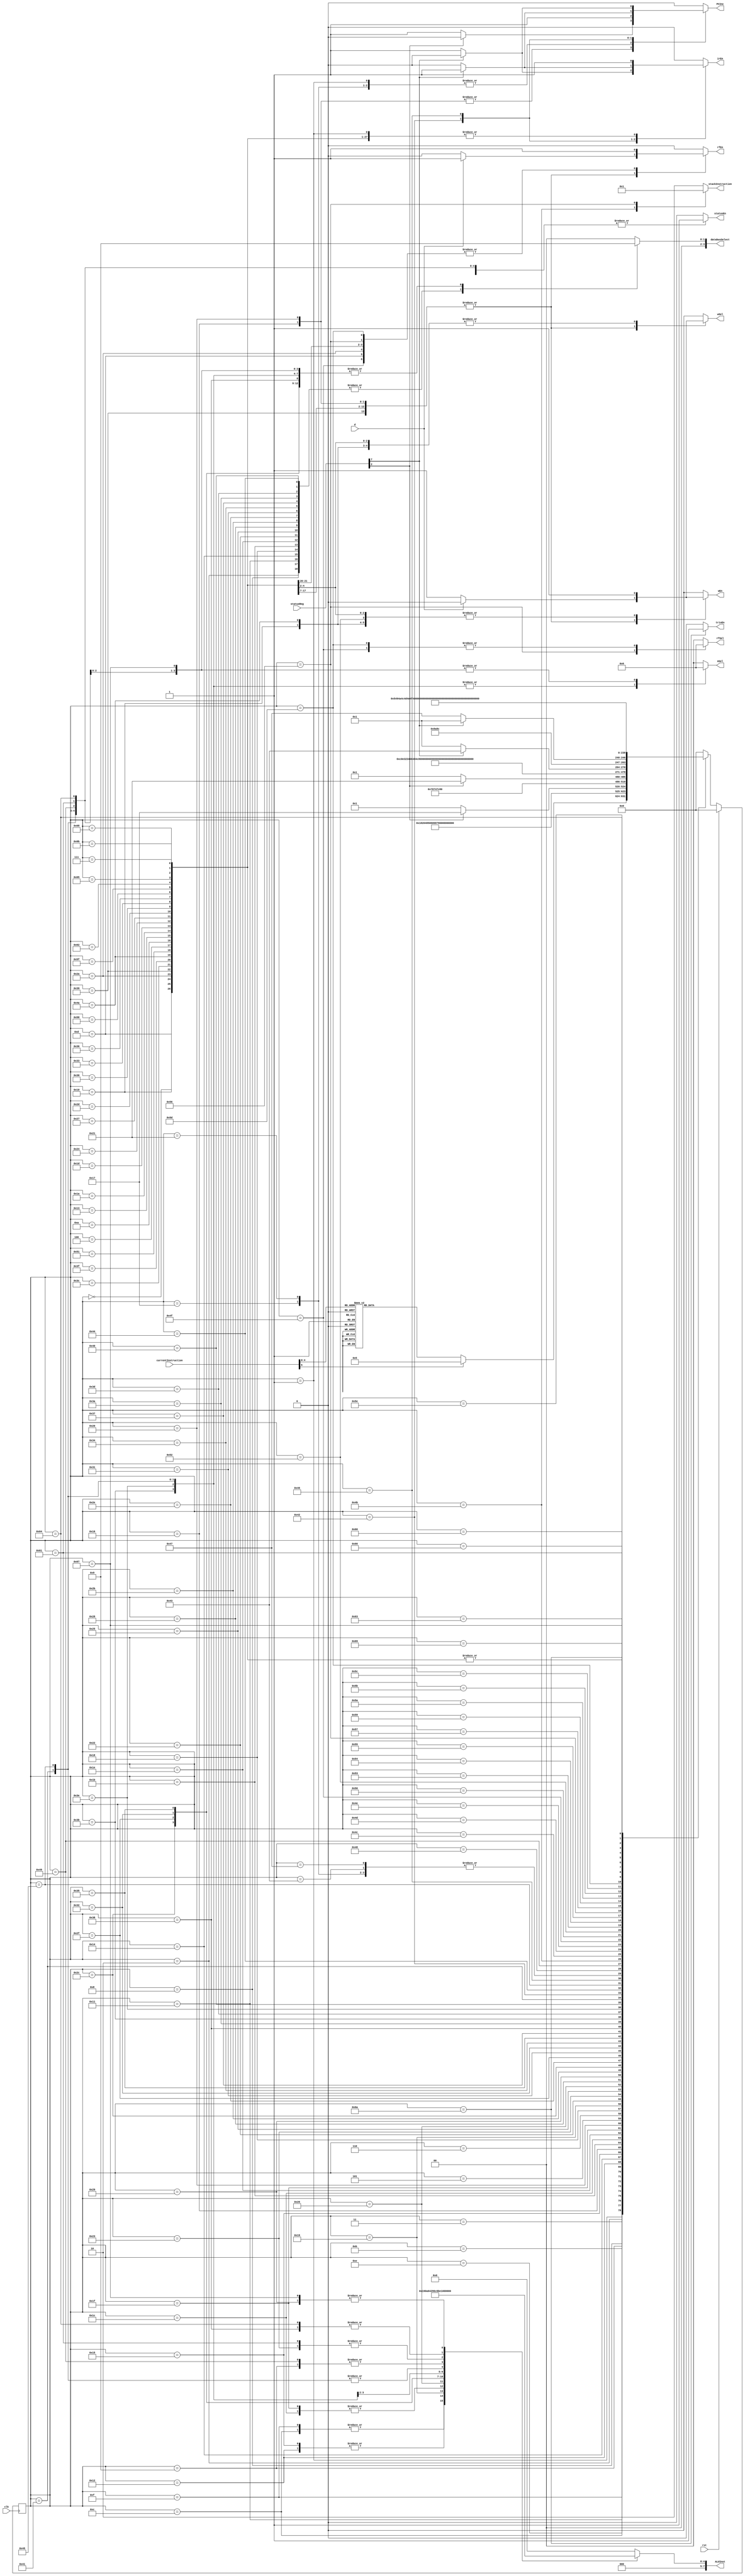
`timescale 1ns / 1ps
//////////////////////////////////////////////////////////////////////////////////
// Company: 
// Engineer: 
// 
// Design Name: 
// Module Name:    ControlUnit 
// Project Name: 
// Target Devices: 
// Tool versions: 
// Description: 
//
// Dependencies: 
//
// Revision: 
// Revision 0.01 - File Created
// Additional Comments: 
//
//////////////////////////////////////////////////////////////////////////////////
module ControlUnit(irEn, wEn, rfEn, trisEn, statusEn, rfSel, wSel, ASel, PCInc, ALUInst, databusSelect, stackInstruction, currentInstruction, d, statusReg, clk, rst);
	output	reg	irEn, wEn, rfEn, trisEn, statusEn, wSel, PCInc;
	output	reg	[1:0]	ASel;
	output	reg	[7:0]	ALUInst;
	output	reg	[3:0]	databusSelect;
	output	reg	[1:0]	stackInstruction;
	output	reg	[1:0]	rfSel;
	input		[5:0]		currentInstruction;
	input 	[7:0] 	statusReg;
	input				d;
	input 			clk, rst;

	wire test = statusReg[7];
	
	//Stack Command
	parameter	PUSH	= 2'd0;
	parameter	POP	= 2'd1;
	parameter	S_NO	= 2'd2;


	//ALU Commands
	parameter AplusB = 8'd0;
	parameter AminusB = 8'd1;
	parameter AandB = 8'd2;
	parameter AxorA = 8'd3;
	parameter Bsub1 = 8'd4;
	parameter Bcomp = 8'd5;
	parameter Bplus1 = 8'd6;
	parameter AorB = 8'd7;
	parameter Bout = 8'd8;
	parameter Aout = 8'd9;
	parameter RLF = 8'd10;
	parameter RRF = 8'd11;
	parameter BsubA = 8'd12;	
	parameter swapB = 8'd13;	
	parameter AxorB = 8'd14;	
	parameter BCF = 8'd15;
	parameter BSF = 8'd16;
	parameter BTest = 8'd17;

	//PC Selection
	parameter incPC = 1'b0;
	parameter branchPC = 1'b1;
	
	//W Selection
	parameter	wIn_literal = 1'b0;
	parameter	wIn_databus = 1'b1;
	
	//Data Bus Selection
	parameter W					= 4'd0;
	parameter ALU				= 4'd1;
	parameter registerFile	= 4'd2;
	parameter status			= 4'd3;

	//Register File Selection
	parameter rfSel_Databus = 2'd0;
	parameter rfSel_Stack = 2'd1;
	parameter rfSel_literal = 2'd2;
	
	reg	[7:0]	nextState, currentState;
	
	//Decoder Result
	parameter DECODE_ADDWF = 6'd0;
	parameter DECODE_OTHERS = 6'd1;
	parameter DECODE_ANDWF = 6'd2;
	parameter DECODE_CLRF = 6'd3;
	parameter DECODE_CLRW = 6'd4;
	parameter DECODE_DECF = 6'd5;
	parameter DECODE_DECFSZ = 6'd6;
	parameter DECODE_COMF = 6'd7;
	parameter DECODE_INCF = 6'd8;
	parameter DECODE_INCFSZ = 6'd9;
	parameter DECODE_IORWF = 6'd10;
	parameter DECODE_MOVF = 6'd11;
	parameter DECODE_MOVWF = 6'd12;
	parameter DECODE_RLF = 6'd13;
	parameter DECODE_RRF = 6'd14;
	parameter DECODE_SUBWF = 6'd15;
	parameter DECODE_SWAPF = 6'd16;
	parameter DECODE_XORWF = 6'd17;
	parameter DECODE_BCF = 6'd18;
	parameter DECODE_BSF = 6'd19;
	parameter DECODE_BTFSC = 6'd20;
	parameter DECODE_BTFSS = 6'd21;
	parameter DECODE_ANDLW = 6'd22;
	parameter DECODE_CALL = 6'd23;
	parameter DECODE_RETLW = 6'd24;
	parameter DECODE_GOTO = 6'd25;
	parameter DECODE_IORLW = 6'd26;
	parameter DECODE_XORLW = 6'd27;
	parameter DECODE_MOVLW = 6'd28;
	parameter DECODE_TRIS = 6'd29;
	parameter DECODE_OPTION = 6'd30;
	
	//State machine

	//States
	parameter IDLE			= 8'd0;
	parameter Q1			= 8'd1;
	
	//States : ADDWF
	parameter ADDWF_Q2	= 8'd2;
	parameter ADDWF_Q3	= 8'd3;
	parameter ADDWF_Q4	= 8'd4;
	
	//States : OTHERS
	parameter OTHERS_Q2	= 8'd5;
	parameter OTHERS_Q3	= 8'd6;
	parameter OTHERS_Q4	= 8'd7;

	//States : ANDWF
	parameter ANDWF_Q2	= 8'd8;
	parameter ANDWF_Q3	= 8'd9;
	parameter ANDWF_Q4	= 8'd10;
	
	//States : CLRF
	parameter CLRF_Q2	= 8'd11;
	parameter CLRF_Q3	= 8'd12;
	parameter CLRF_Q4	= 8'd13;
	
	//States : CLRW
	parameter CLRW_Q2	= 8'd14;
	parameter CLRW_Q3	= 8'd15;
	parameter CLRW_Q4	= 8'd16;
	
	//States : DECF
	parameter DECF_Q2	= 8'd17;
	parameter DECF_Q3	= 8'd18;
	parameter DECF_Q4	= 8'd19;
	
	//States : DECFSZ
	parameter DECFSZ_Q2	= 8'd20;
	parameter DECFSZ_Q3	= 8'd21;
	parameter DECFSZ_Q4	= 8'd22;
	parameter DECFSZ_Q5	= 8'd23;

	//States : COMF
	parameter COMF_Q2	= 8'd24;
	parameter COMF_Q3	= 8'd25;
	parameter COMF_Q4	= 8'd26;

	//States : INCF
	parameter INCF_Q2	= 8'd27;
	parameter INCF_Q3	= 8'd28;
	parameter INCF_Q4	= 8'd29;

	//States : INCFSZ
	parameter INCFSZ_Q2	= 8'd30;
	parameter INCFSZ_Q3	= 8'd31;
	parameter INCFSZ_Q4	= 8'd32;
	parameter INCFSZ_Q5	= 8'd33;
	
	//States : IORWF
	parameter IORWF_Q2	= 8'd34;
	parameter IORWF_Q3	= 8'd35;
	parameter IORWF_Q4	= 8'd36;	

	//States : MOVF
	parameter MOVF_Q2	= 8'd37;
	parameter MOVF_Q3	= 8'd38;
	parameter MOVF_Q4	= 8'd39;

	//States : MOVWF
	parameter MOVWF_Q2	= 8'd40;
	parameter MOVWF_Q3	= 8'd41;
	parameter MOVWF_Q4	= 8'd42;
	
	//States : RLF
	parameter RLF_Q2	= 8'd43;
	parameter RLF_Q3	= 8'd44;
	parameter RLF_Q4	= 8'd45;	

	//States : RRF
	parameter RRF_Q2	= 8'd46;
	parameter RRF_Q3	= 8'd47;
	parameter RRF_Q4	= 8'd48;	
	
	//States : SUBWF
	parameter SUBWF_Q2	= 8'd49;
	parameter SUBWF_Q3	= 8'd50;
	parameter SUBWF_Q4	= 8'd51;	
	
	//States : SWAPF
	parameter SWAPF_Q2	= 8'd52;
	parameter SWAPF_Q3	= 8'd53;
	parameter SWAPF_Q4	= 8'd54;
	
	//States : XORWF
	parameter XORWF_Q2	= 8'd55;
	parameter XORWF_Q3	= 8'd56;
	parameter XORWF_Q4	= 8'd57;
	
	//States : BCF
	parameter BCF_Q2	= 8'd58;
	parameter BCF_Q3	= 8'd59;
	parameter BCF_Q4	= 8'd60;

	//States : BSF
	parameter BSF_Q2	= 8'd61;
	parameter BSF_Q3	= 8'd62;
	parameter BSF_Q4	= 8'd63;

	//States : BTFSC
	parameter BTFSC_Q2	= 8'd64;
	parameter BTFSC_Q3	= 8'd65;
	parameter BTFSC_Q4	= 8'd66;
	parameter BTFSC_Q5	= 8'd67;

	//States : BTFSS
	parameter BTFSS_Q2	= 8'd68;
	parameter BTFSS_Q3	= 8'd69;
	parameter BTFSS_Q4	= 8'd70;
	parameter BTFSS_Q5	= 8'd71;

	//States : ANDLW
	parameter ANDLW_Q2	= 8'd72;
	parameter ANDLW_Q3	= 8'd73;
	parameter ANDLW_Q4	= 8'd74;

	//States : CALL
	parameter CALL_Q2	= 8'd75;
	parameter CALL_Q3	= 8'd76;
	parameter CALL_Q4	= 8'd77;
	parameter CALL_Q5	= 8'd78;
	parameter CALL_Q6	= 8'd79;
	parameter CALL_Q7	= 8'd80;
	parameter CALL_Q8	= 8'd81;

	//States : RETLW
	parameter RETLW_Q2	= 8'd82;
	parameter RETLW_Q3	= 8'd83;
	parameter RETLW_Q4	= 8'd84;
	parameter RETLW_Q5	= 8'd85;
	parameter RETLW_Q6	= 8'd86;
	parameter RETLW_Q7	= 8'd87;
	parameter RETLW_Q8	= 8'd88;

	//States : GOTO
	parameter GOTO_Q2	= 8'd89;
	parameter GOTO_Q3	= 8'd90;
	parameter GOTO_Q4	= 8'd91;
	parameter GOTO_Q5	= 8'd92;
	parameter GOTO_Q6	= 8'd93;
	parameter GOTO_Q7	= 8'd94;
	parameter GOTO_Q8	= 8'd95;
	
	//States : IORLW
	parameter IORLW_Q2	= 8'd96;
	parameter IORLW_Q3	= 8'd97;
	parameter IORLW_Q4	= 8'd98;
	
	//States : XORLW
	parameter XORLW_Q2	= 8'd99;
	parameter XORLW_Q3	= 8'd100;
	parameter XORLW_Q4	= 8'd101;

	//States : MOVLW
	parameter MOVLW_Q2	= 8'd102;
	parameter MOVLW_Q3	= 8'd103;
	parameter MOVLW_Q4	= 8'd104;
	
	//States : TRIS
	parameter TRIS_Q2	= 8'd105;
	parameter TRIS_Q3	= 8'd106;
	parameter TRIS_Q4	= 8'd107;
	
	always@(posedge clk)
	begin
		currentState <= nextState;
	end

	//output
	always@(currentState or d or statusReg[2] or test)
	begin
		irEn					= 1'b0;
		wEn					= 1'b0;
		rfEn					= 1'b0;
		statusEn				= 1'b0;
		ASel					= 1'b0;
		ALUInst				= AplusB;
		wSel					= wIn_literal;
		databusSelect		= W;
		stackInstruction 	= S_NO;
		rfSel 				= rfSel_Databus;
		PCInc 				= 1'd0;
		trisEn				= 1'd0;
		case(currentState)
			IDLE:
			begin
				irEn = 1'b1;
			end

			Q1:
			begin
				irEn = 1'b1;
				PCInc = 1'd1;
			end
			
			ADDWF_Q2:
			begin
				databusSelect = registerFile;
			end
			
			ADDWF_Q3:
			begin
				ALUInst = AplusB;
				databusSelect = ALU;
				statusEn = 1'b1;
			end

			ADDWF_Q4:
			begin
				if(d == 1'b1)
				begin
					rfEn = 1'b1;
				end
				else
				begin
					wSel = wIn_databus;
					wEn = 1'b1;
				end
				irEn = 1'b1;
			end
			//
			ANDWF_Q2:
			begin
				databusSelect = registerFile;
			end
			
			ANDWF_Q3:
			begin
				ALUInst = AandB;
				databusSelect = ALU;
				statusEn = 1'b1;
			end

			ANDWF_Q4:
			begin
				if(d == 1'b1)
				begin
					rfEn = 1'b1;
				end
				else
				begin
					wSel = wIn_databus;
					wEn = 1'b1;
				end
				irEn = 1'b1;
			end
			
			//
			CLRF_Q2:
			begin
			end
			
			CLRF_Q3:
			begin
				ALUInst = AxorA;
				databusSelect = ALU;
			end

			CLRF_Q4:
			begin
				rfEn = 1'b1;
				irEn = 1'b1;
			end
			
			//
			CLRW_Q2:
			begin
			end
			
			CLRW_Q3:
			begin
				ALUInst = AxorA;
				databusSelect = ALU;
				statusEn = 1'b1;
			end

			CLRW_Q4:
			begin
				wSel = wIn_databus;
				wEn = 1'b1;
				irEn = 1'b1;
			end
			
			//
			DECF_Q2:
			begin
				databusSelect = registerFile;
			end
			
			DECF_Q3:
			begin
				ALUInst = Bsub1;
				databusSelect = ALU;
				statusEn = 1'b1;
			end

			DECF_Q4:
			begin
				if(d == 1'b1)
				begin
					rfEn = 1'b1;
				end
				else
				begin
					wSel = wIn_databus;
					wEn = 1'b1;
				end
				irEn = 1'b1;
			end

			//DECFSZ
			DECFSZ_Q2:
			begin
				databusSelect = registerFile;
			end
			
			DECFSZ_Q3:
			begin
				ALUInst = Bsub1;
				databusSelect = ALU;
				statusEn = 1'b1;
			end

			DECFSZ_Q4:
			begin
				if(d == 1'b1)
				begin
					rfEn = 1'b1;
				end
				else
				begin
					wSel = wIn_databus;
					wEn = 1'b1;
				end
				if(statusReg[2] == 1'b1)
					irEn = 1'b0;
				else
				begin
					PCInc = 1'd1;				
				end
			end

			DECFSZ_Q5:
			begin
				PCInc = 1'd1;				
			end

			//
			COMF_Q2:
			begin
				databusSelect = registerFile;
			end
			
			COMF_Q3:
			begin
				ALUInst = Bcomp;
				databusSelect = ALU;
				statusEn = 1'b1;
			end

			COMF_Q4:
			begin
				if(d == 1'b1)
				begin
					rfEn = 1'b1;
				end
				else
				begin
					wSel = wIn_databus;
					wEn = 1'b1;
				end
				irEn = 1'b1;
			end

			//
			INCF_Q2:
			begin
				databusSelect = registerFile;
			end
			
			INCF_Q3:
			begin
				ALUInst = Bplus1;
				databusSelect = ALU;
				statusEn = 1'b1;
			end

			INCF_Q4:
			begin
				if(d == 1'b1)
				begin
					rfEn = 1'b1;
				end
				else
				begin
					wSel = wIn_databus;
					wEn = 1'b1;
				end
				irEn = 1'b1;
			end

			//INCFSZ
			INCFSZ_Q2:
			begin
				databusSelect = registerFile;
			end
			
			INCFSZ_Q3:
			begin
				ALUInst = Bplus1;
				databusSelect = ALU;
				statusEn = 1'b1;
			end

			INCFSZ_Q4:
			begin
				if(d == 1'b1)
				begin
					rfEn = 1'b1;
				end
				else
				begin
					wSel = wIn_databus;
					wEn = 1'b1;
				end
				if(statusReg[2] == 1'b1)
					irEn = 1'b0;
				else
				begin
					PCInc = 1'd1;				
				end
			end

			INCFSZ_Q5:
			begin
				PCInc = 1'd1;				
			end

			//
			IORWF_Q2:
			begin
				databusSelect = registerFile;
			end
			
			IORWF_Q3:
			begin
				ALUInst = AorB;
				databusSelect = ALU;
				statusEn = 1'b1;
			end

			IORWF_Q4:
			begin
				if(d == 1'b1)
				begin
					rfEn = 1'b1;
				end
				else
				begin
					wSel = wIn_databus;
					wEn = 1'b1;
				end
				irEn = 1'b1;
			end

			MOVF_Q2:
			begin
				databusSelect = registerFile;
			end
			
			MOVF_Q3:
			begin
				ALUInst = Bout;
				databusSelect = ALU;
				statusEn = 1'b1;
			end

			MOVF_Q4:
			begin
				if(d == 1'b1)
				begin
					rfEn = 1'b1;
				end
				else
				begin
					wSel = wIn_databus;
					wEn = 1'b1;
				end
				irEn = 1'b1;
			end

			MOVWF_Q2:
			begin
				databusSelect = registerFile;
			end
			
			MOVWF_Q3:
			begin
				ALUInst = Aout;
				databusSelect = ALU;
			end

			MOVWF_Q4:
			begin
				rfEn = 1'b1;
				irEn = 1'b1;
			end

			//
			RLF_Q2:
			begin
				databusSelect = registerFile;
			end
			
			RLF_Q3:
			begin
				ALUInst = RLF;
				databusSelect = ALU;
				statusEn = 1'b1;
			end

			RLF_Q4:
			begin
				if(d == 1'b1)
				begin
					rfEn = 1'b1;
				end
				else
				begin
					wSel = wIn_databus;
					wEn = 1'b1;
				end
				irEn = 1'b1;
			end

			//
			RRF_Q2:
			begin
				databusSelect = registerFile;
			end
			
			RRF_Q3:
			begin
				ALUInst = RRF;
				databusSelect = ALU;
				statusEn = 1'b1;
			end

			RRF_Q4:
			begin
				if(d == 1'b1)
				begin
					rfEn = 1'b1;
				end
				else
				begin
					wSel = wIn_databus;
					wEn = 1'b1;
				end
				irEn = 1'b1;
			end
			
			SUBWF_Q2:
			begin
				databusSelect = registerFile;
			end
			
			SUBWF_Q3:
			begin
				ALUInst = BsubA;
				databusSelect = ALU;
				statusEn = 1'b1;
			end

			SUBWF_Q4:
			begin
				if(d == 1'b1)
				begin
					rfEn = 1'b1;
				end
				else
				begin
					wSel = wIn_databus;
					wEn = 1'b1;
				end
				irEn = 1'b1;
			end			
			
			SWAPF_Q2:
			begin
				databusSelect = registerFile;
			end
			
			SWAPF_Q3:
			begin
				ALUInst = swapB;
				databusSelect = ALU;
				statusEn = 1'b1;
			end

			SWAPF_Q4:
			begin
				if(d == 1'b1)
				begin
					rfEn = 1'b1;
				end
				else
				begin
					wSel = wIn_databus;
					wEn = 1'b1;
				end
				irEn = 1'b1;
			end		
			
			XORWF_Q2:
			begin
				databusSelect = registerFile;
			end
			
			XORWF_Q3:
			begin
				ALUInst = AxorB;
				databusSelect = ALU;
				statusEn = 1'b1;
			end

			XORWF_Q4:
			begin
				if(d == 1'b1)
				begin
					rfEn = 1'b1;
				end
				else
				begin
					wSel = wIn_databus;
					wEn = 1'b1;
				end
				irEn = 1'b1;
			end	

			BCF_Q2:
			begin
				databusSelect = registerFile;			
			end
			
			BCF_Q3:
			begin
				ALUInst = BCF;
				databusSelect = ALU;
				ASel = 1'b1;
			end

			BCF_Q4:
			begin
				rfEn = 1'b1;		
				irEn = 1'b1;
			end

			BSF_Q2:
			begin
				databusSelect = registerFile;			
			end
			
			BSF_Q3:
			begin
				ALUInst = BSF;
				databusSelect = ALU;
				ASel = 1'b1;
			end

			BSF_Q4:
			begin
				rfEn = 1'b1;		
				irEn = 1'b1;
			end
			
			// NOP
			OTHERS_Q2:
			begin
				//NO operation
			end			

			OTHERS_Q3:
			begin
				//NO operation
			end

			OTHERS_Q4:
			begin
				//NO operation
				irEn = 1'b1;
			end

			//BTFSC
			BTFSC_Q2:
			begin
				databusSelect = registerFile;
			end
			
			BTFSC_Q3:
			begin
				ALUInst = BTest;
				databusSelect = ALU;
				ASel = 1'b1;
				statusEn = 1'b1;
			end

			BTFSC_Q4:
			begin
				if(test == 1'b0)
					irEn = 1'b1;	//NoSkip
				else
				begin
					PCInc = 1'd1;		//Skip		
				end
			end

			BTFSC_Q5:
			begin
			end

			//BTFSS
			BTFSS_Q2:
			begin
				databusSelect = registerFile;
			end
			
			BTFSS_Q3:
			begin
				ALUInst = BTest;
				ASel = 1'b1;
				databusSelect = ALU;
				statusEn = 1'b1;
			end

			BTFSS_Q4:
			begin
				if(test == 1'b1)	//No Skip
					irEn = 1'b1;
				else		//Skip
				begin
					PCInc = 1'd1;				
				end
			end

			BTFSS_Q5:
			begin
			end
			
			ANDLW_Q2:
			begin
				databusSelect = W;
			end
			
			ANDLW_Q3:
			begin
				ASel = 2'd2;
				ALUInst = AandB;
				databusSelect = ALU;
				statusEn = 1'b1;
			end

			ANDLW_Q4:
			begin
				wSel = wIn_databus;
				wEn = 1'b1;
				irEn = 1'b1;
			end			

			CALL_Q2:
			begin
				stackInstruction = PUSH;				
			end
			
			CALL_Q3:
			begin
			end

			CALL_Q4:
			begin

			end

			CALL_Q5:
			begin
				
			end
			
			CALL_Q6:
			begin
				rfSel = rfSel_literal;
				rfEn				= 1'b1;
			end

			CALL_Q7:
			begin

			end

			CALL_Q8:
			begin
				irEn = 1'b1;
			end

			RETLW_Q2:
			begin
				wSel = wIn_literal;
				wEn = 1'b1;
			end
			
			RETLW_Q3:
			begin
			end

			RETLW_Q4:
			begin

			end

			RETLW_Q5:
			begin
				
			end
			
			RETLW_Q6:
			begin
				stackInstruction = POP;
				rfSel = rfSel_Stack;
				rfEn				= 1'b1;
			end

			RETLW_Q7:
			begin

			end

			RETLW_Q8:
			begin
				irEn = 1'b1;
			end

			GOTO_Q2:
			begin

			end
			
			GOTO_Q3:
			begin
			end

			GOTO_Q4:
			begin

			end

			GOTO_Q5:
			begin
				
			end
			
			GOTO_Q6:
			begin
				rfSel = rfSel_literal;
				rfEn				= 1'b1;
			end

			GOTO_Q7:
			begin

			end

			GOTO_Q8:
			begin
				irEn = 1'b1;
			end
			
			
			IORLW_Q2:
			begin
				databusSelect = W;
			end
			
			IORLW_Q3:
			begin
				ASel = 2'd2;
				ALUInst = AorB;
				databusSelect = ALU;
				statusEn = 1'b1;
			end

			IORLW_Q4:
			begin
				wSel = wIn_databus;
				wEn = 1'b1;
				irEn = 1'b1;
			end			
			
			XORLW_Q2:
			begin
				databusSelect = W;
			end
			
			XORLW_Q3:
			begin
				ASel = 2'd2;
				ALUInst = AxorB;
				databusSelect = ALU;
				statusEn = 1'b1;
			end

			XORLW_Q4:
			begin
				wSel = wIn_databus;
				wEn = 1'b1;
				irEn = 1'b1;
			end			
			
			MOVLW_Q2:
			begin
				databusSelect = W;
			end
			
			MOVLW_Q3:
			begin
				ASel = 2'd2;
				ALUInst = Aout;
				databusSelect = ALU;
			end

			MOVLW_Q4:
			begin
				wSel = wIn_databus;
				wEn = 1'b1;
				irEn = 1'b1;
			end

			TRIS_Q2:
			begin
			end
			
			TRIS_Q3:
			begin
				trisEn = 1'b1;
			end

			TRIS_Q4:
			begin
				irEn = 1'b1;
			end
			
			default:
			begin
				irEn				= 1'b0;
				wEn				= 1'b0;
				rfEn				= 1'b0;
				ALUInst			= AplusB;
				PCInc				= 1'b0;
				databusSelect	= W;
			end		
		endcase
	end
	
	//next State
	always@(currentState or currentInstruction or rst or statusReg[2] or test)
	begin
		if(rst)
		begin
			nextState = IDLE;
		end
		else
			begin
			case(currentState)
				IDLE:
				begin
					nextState = Q1;
				end

				Q1:
				begin
					case(currentInstruction)
						DECODE_ADDWF: nextState = ADDWF_Q2;
						DECODE_ANDWF: nextState = ANDWF_Q2;
						DECODE_CLRF: nextState = CLRF_Q2;
						DECODE_CLRW: nextState = CLRW_Q2;
						DECODE_DECF: nextState = DECF_Q2;
						DECODE_DECFSZ: nextState = DECFSZ_Q2;
						DECODE_COMF: nextState = COMF_Q2;
						DECODE_INCF: nextState = INCF_Q2;
						DECODE_INCFSZ: nextState = INCFSZ_Q2;
						DECODE_IORWF: nextState = IORWF_Q2;
						DECODE_MOVF: nextState = MOVF_Q2;
						DECODE_MOVWF: nextState = MOVWF_Q2;
						DECODE_RLF: nextState = RLF_Q2;
						DECODE_RRF: nextState = RRF_Q2;
						DECODE_SUBWF: nextState = SUBWF_Q2;
						DECODE_SWAPF: nextState = SWAPF_Q2;
						DECODE_XORWF: nextState = XORWF_Q2;
						DECODE_BCF: nextState = BCF_Q2;
						DECODE_BSF: nextState = BSF_Q2;
						DECODE_BTFSC: nextState = BTFSC_Q2;
						DECODE_BTFSS: nextState = BTFSS_Q2;
						DECODE_ANDLW: nextState = ANDLW_Q2;
						DECODE_CALL: nextState = CALL_Q2;
						DECODE_RETLW: nextState = RETLW_Q2;
						DECODE_GOTO: nextState = GOTO_Q2;
						DECODE_IORLW: nextState = IORLW_Q2;
						DECODE_XORLW: nextState = XORLW_Q2;
						DECODE_MOVLW: nextState = MOVLW_Q2;
						DECODE_TRIS: nextState = TRIS_Q2;
						default: nextState = OTHERS_Q2;
					endcase
				end
				
				ADDWF_Q2:
				begin
					nextState = ADDWF_Q3;
				end
				
				ADDWF_Q3:
				begin
					nextState = ADDWF_Q4;
				end

				ADDWF_Q4:
				begin
					nextState = Q1;
				end
				
				ANDWF_Q2:
				begin
					nextState = ANDWF_Q3;
				end
				
				ANDWF_Q3:
				begin
					nextState = ANDWF_Q4;
				end

				ANDWF_Q4:
				begin
					nextState = Q1;
				end
				
				//
				CLRF_Q2:
				begin
					nextState = CLRF_Q3;
				end
				
				CLRF_Q3:
				begin
					nextState = CLRF_Q4;
				end

				CLRF_Q4:
				begin
					nextState = Q1;
				end
				
				//
				CLRW_Q2:
				begin
					nextState = CLRW_Q3;
				end
				
				CLRW_Q3:
				begin
					nextState = CLRW_Q4;
				end

				CLRW_Q4:
				begin
					nextState = Q1;
				end
				
				DECF_Q2:
				begin
					nextState = DECF_Q3;
				end
				
				DECF_Q3:
				begin
					nextState = DECF_Q4;
				end

				DECF_Q4:
				begin
					nextState = Q1;
				end
				
				DECFSZ_Q2:
				begin
					nextState = DECFSZ_Q3;
				end
				
				DECFSZ_Q3:
				begin
					nextState = DECFSZ_Q4;
				end

				DECFSZ_Q4:
				begin
				if(statusReg[2] == 1'b1)
						nextState = DECFSZ_Q5;
				else
					nextState = Q1;
				end

				DECFSZ_Q5:
				begin
					nextState = OTHERS_Q2;
				end
				
				INCF_Q2:
				begin
					nextState = INCF_Q3;
				end
				
				INCF_Q3:
				begin
					nextState = INCF_Q4;
				end

				INCF_Q4:
				begin
					nextState = Q1;
				end

				INCFSZ_Q2:
				begin
					nextState = INCFSZ_Q3;
				end
				
				INCFSZ_Q3:
				begin
					nextState = INCFSZ_Q4;
				end

				INCFSZ_Q4:
				begin
				if(statusReg[2] == 1'b1)
						nextState = INCFSZ_Q5;
				else
					nextState = Q1;
				end

				INCFSZ_Q5:
				begin
					nextState = OTHERS_Q2;
				end
				
				OTHERS_Q2:
				begin
					nextState = OTHERS_Q3;
				end			

				OTHERS_Q3:
				begin
					nextState = OTHERS_Q4;
				end

				COMF_Q2:
				begin
					nextState = COMF_Q3;
				end
				
				COMF_Q3:
				begin
					nextState = COMF_Q4;
				end

				COMF_Q4:
				begin
					nextState = Q1;
				end

				IORWF_Q2:
				begin
					nextState = IORWF_Q3;
				end
				
				IORWF_Q3:
				begin
					nextState = IORWF_Q4;
				end

				IORWF_Q4:
				begin
					nextState = Q1;
				end

				MOVF_Q2:
				begin
					nextState = MOVF_Q3;
				end
				
				MOVF_Q3:
				begin
					nextState = MOVF_Q4;
				end

				MOVF_Q4:
				begin
					nextState = Q1;
				end

				MOVWF_Q2:
				begin
					nextState = MOVWF_Q3;
				end
				
				MOVWF_Q3:
				begin
					nextState = MOVWF_Q4;
				end

				MOVWF_Q4:
				begin
					nextState = Q1;
				end

				RLF_Q2:
				begin
					nextState = RLF_Q3;
				end
				
				RLF_Q3:
				begin
					nextState = RLF_Q4;
				end

				RLF_Q4:
				begin
					nextState = Q1;
				end

				RRF_Q2:
				begin
					nextState = RRF_Q3;
				end
				
				RRF_Q3:
				begin
					nextState = RRF_Q4;
				end

				RRF_Q4:
				begin
					nextState = Q1;
				end
				
				SUBWF_Q2:
				begin
					nextState = SUBWF_Q3;
				end
				
				SUBWF_Q3:
				begin
					nextState = SUBWF_Q4;
				end

				SUBWF_Q4:
				begin
					nextState = Q1;
				end
				
				SWAPF_Q2:
				begin
					nextState = SWAPF_Q3;
				end
				
				SWAPF_Q3:
				begin
					nextState = SWAPF_Q4;
				end

				SWAPF_Q4:
				begin
					nextState = Q1;
				end
				
				XORWF_Q2:
				begin
					nextState = XORWF_Q3;
				end
				
				XORWF_Q3:
				begin
					nextState = XORWF_Q4;
				end

				XORWF_Q4:
				begin
					nextState = Q1;
				end
				
				BCF_Q2:
				begin
					nextState = BCF_Q3;
				end
				
				BCF_Q3:
				begin
					nextState = BCF_Q4;
				end

				BCF_Q4:
				begin
					nextState = Q1;
				end

				BSF_Q2:
				begin
					nextState = BSF_Q3;
				end
				
				BSF_Q3:
				begin
					nextState = BSF_Q4;
				end

				BSF_Q4:
				begin
					nextState = Q1;
				end

				BTFSC_Q2:
				begin
					nextState = BTFSC_Q3;
				end
				
				BTFSC_Q3:
				begin
					nextState = BTFSC_Q4;
				end

				BTFSC_Q4:
				begin
				if(test == 1'b1)		//Skip
						nextState = BTFSC_Q5;
				else		//No Skip
					nextState = Q1;
				end

				BTFSC_Q5:
				begin
					nextState = OTHERS_Q2;
				end

				BTFSS_Q2:
				begin
					nextState = BTFSS_Q3;
				end
				
				BTFSS_Q3:
				begin
					nextState = BTFSS_Q4;
				end

				BTFSS_Q4:
				begin
				if(test == 1'b0)	//Skip
						nextState = BTFSS_Q5;
				else		//No Skip
					nextState = Q1;
				end

				BTFSS_Q5:
				begin
					nextState = OTHERS_Q2;
				end

				ANDLW_Q2:
				begin
					nextState = ANDLW_Q3;
				end
				
				ANDLW_Q3:
				begin
					nextState = ANDLW_Q4;
				end

				ANDLW_Q4:
				begin
					nextState = Q1;
				end

				CALL_Q2:
				begin
					nextState = CALL_Q3;
				end
				
				CALL_Q3:
				begin
					nextState = CALL_Q4;
				end

				CALL_Q4:
				begin
					nextState = CALL_Q5;
				end

				CALL_Q5:
				begin
					nextState = CALL_Q6;
				end
				
				CALL_Q6:
				begin
					nextState = CALL_Q7;
				end

				CALL_Q7:
				begin
					nextState = CALL_Q8;
				end

				CALL_Q8:
				begin
					nextState = Q1;
				end

				RETLW_Q2:
				begin
					nextState = RETLW_Q3;
				end
				
				RETLW_Q3:
				begin
					nextState = RETLW_Q4;
				end

				RETLW_Q4:
				begin
					nextState = RETLW_Q5;
				end

				RETLW_Q5:
				begin
					nextState = RETLW_Q6;
				end
				
				RETLW_Q6:
				begin
					nextState = RETLW_Q7;
				end

				RETLW_Q7:
				begin
					nextState = RETLW_Q8;
				end

				RETLW_Q8:
				begin
					nextState = Q1;
				end

				GOTO_Q2:
				begin
					nextState = GOTO_Q3;
				end
				
				GOTO_Q3:
				begin
					nextState = GOTO_Q4;
				end

				GOTO_Q4:
				begin
					nextState = GOTO_Q5;
				end

				GOTO_Q5:
				begin
					nextState = GOTO_Q6;
				end
				
				GOTO_Q6:
				begin
					nextState = GOTO_Q7;
				end

				GOTO_Q7:
				begin
					nextState = GOTO_Q8;
				end

				GOTO_Q8:
				begin
					nextState = Q1;
				end
				
				IORLW_Q2:
				begin
					nextState = IORLW_Q3;
				end
				
				IORLW_Q3:
				begin
					nextState = IORLW_Q4;
				end

				IORLW_Q4:
				begin
					nextState = Q1;
				end
				
				XORLW_Q2:
				begin
					nextState = XORLW_Q3;
				end
				
				XORLW_Q3:
				begin
					nextState = XORLW_Q4;
				end

				XORLW_Q4:
				begin
					nextState = Q1;
				end
				
				MOVLW_Q2:
				begin
					nextState = MOVLW_Q3;
				end
				
				MOVLW_Q3:
				begin
					nextState = MOVLW_Q4;
				end

				MOVLW_Q4:
				begin
					nextState = Q1;
				end

				TRIS_Q2:
				begin
					nextState = TRIS_Q3;
				end
				
				TRIS_Q3:
				begin
					nextState = TRIS_Q4;
				end

				TRIS_Q4:
				begin
					nextState = Q1;
				end
				
				OTHERS_Q4:
				begin
					nextState = Q1;
				end				
				
				default:
				begin
					nextState = IDLE;
				end		
			endcase
		end	

		end
endmodule